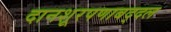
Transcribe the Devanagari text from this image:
दानशूरपणाबद्दल